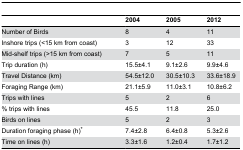
|  | 2004 | 2005 | 2012 |
 | --- | --- | --- | --- |
 | Number of Birds | 8 | 4 | 11 |
 | Inshore trips (<15 km from coast) | 3 | 12 | 33 |
 | Mid-shelf trips (>15 km from coast) | 7 | 5 | 11 |
 | Trip duration (h) | 15.5±4.1 | 9.1±2.6 | 9.9±4.6 |
 | Travel Distance (km) | 54.5±12.0 | 30.5±10.3 | 33.6±18.9 |
 | Foraging Range (km) | 21.1±5.9 | 11.0±3.1 | 10.8±6.2 |
 | Trips with lines | 5 | 2 | 6 |
 | % trips with lines | 45.5 | 11.8 | 25.0 |
 | Birds on lines | 5 | 2 | 3 |
 | Duration foraging phase (h)* | 7.4±2.8 | 6.4±0.8 | 5.3±2.6 |
 | Time on lines (h) | 3.3±1.6 | 1.2±0.4 | 1.7±1.2 |